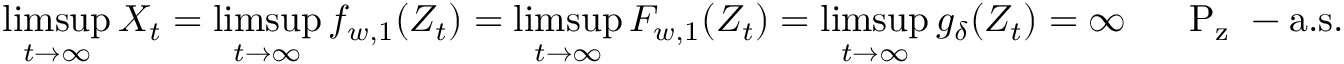
\operatorname* { l i m s u p } _ { t \to \infty } X _ { t } = \operatorname* { l i m s u p } _ { t \to \infty } f _ { w , 1 } ( Z _ { t } ) = \operatorname* { l i m s u p } _ { t \to \infty } F _ { w , 1 } ( Z _ { t } ) = \operatorname* { l i m s u p } _ { t \to \infty } g _ { \delta } ( Z _ { t } ) = \infty \quad \mathrm { ~ \mathbb ~ P _ z ~ - a . s . }